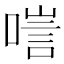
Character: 𠻂